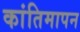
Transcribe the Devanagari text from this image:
कांतिमापन